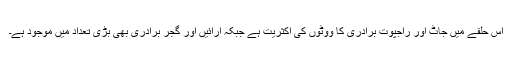
اس حلقے میں جاٹ اور راجپوت برادری کا ووٹوں کی اکثریت ہے جبکہ ارائیں اور گجر برادری بھی بڑی تعداد میں موجود ہے۔